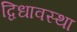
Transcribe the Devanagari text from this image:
द्विधावस्था